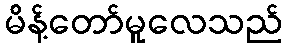
မိန့်တော်မူလေသည်